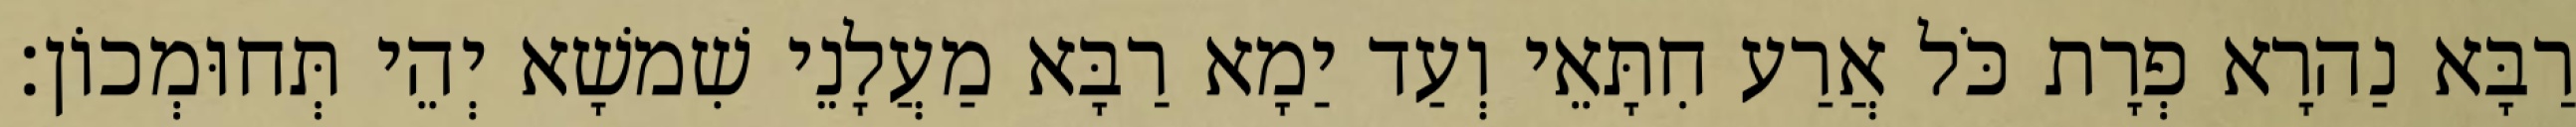
רַבָּא נַהרָא פְרָת כֹּל אֲרַע חִתָּאֵי וְעַד יַמָא רַבָּא מַעֲלָנֵי שִׁמשָׁא יְהֵי תְּחוּמְכוֹן׃